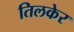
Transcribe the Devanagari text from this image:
तिलकेर